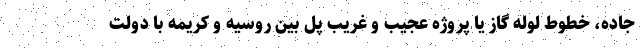
جاده، خطوط لوله گاز یا پروژه عجیب و غریب پل بین روسیه و کریمه با دولت